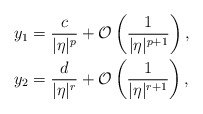
\begin{align*}y_1&=\frac{c}{|\eta|^p}+{\mathcal O}\left(\frac{1}{|\eta|^{p+1}}\right),\\y_2&=\frac{d}{|\eta|^r}+{\mathcal O}\left(\frac{1}{|\eta|^{r+1}}\right),\end{align*}